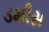
ડમીસ